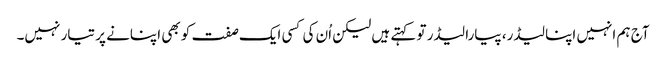
آج ہم انہیں اپنا لیڈر، پیارا لیڈر تو کہتے ہیں لیکن اُن کی کسی ایک صفت کو بھی اپنانے پر تیار نہیں۔